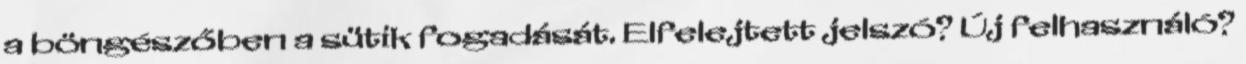
a böngészőben a sütik fogadását. Elfelejtett jelszó? Új felhasználó?